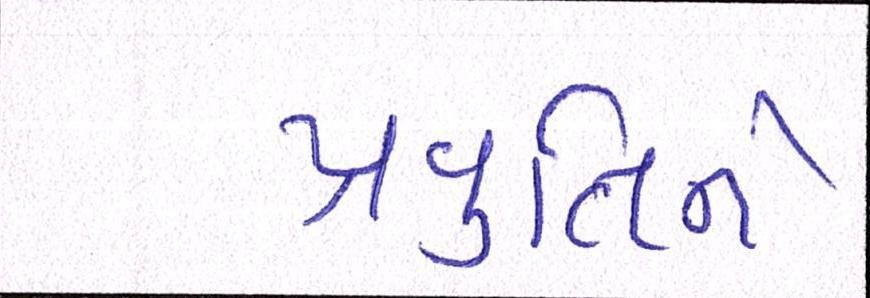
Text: પ્રવૃતિને